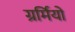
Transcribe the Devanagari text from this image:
ग्रर्मियों